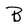
Character: B